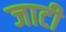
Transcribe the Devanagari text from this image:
जाटी